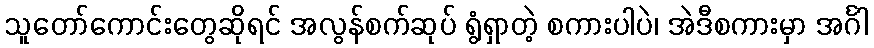
သူတော်ကောင်းတွေဆိုရင် အလွန်စက်ဆုပ် ရွံရှာတဲ့ စကားပါပဲ၊ အဲဒီစကားမှာ အင်္ဂါ